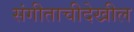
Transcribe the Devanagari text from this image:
संगीताचीदेखील